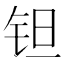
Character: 钽